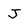
Character: J